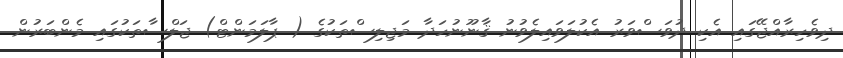
ދިވެހިރާއްޖޭގައި އެކި ދުވަސްވަރު އެކުލަވައިލެވުނު ޤާނޫނުހަދާ މަޖިލިސްތަކުގެ ( ޕާލަމަންޓް) ޖަލްސާތަކުގައި މެންބަރުން